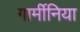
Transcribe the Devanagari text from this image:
गार्मीनिया